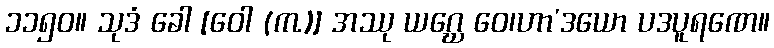
၁၁၅၀။ သုဒံ ခေါ [ဝေါ (က.)] အဿု ယဂ္ဃေ ဝေ၊ဟာ’ဒယော ပဒပူရဏေ။